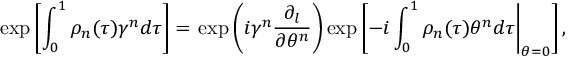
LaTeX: \exp \left[ \int _ { 0 } ^ { 1 } \rho _ { n } ( \tau ) \gamma ^ { n } d \tau \right] = \left. \exp \left( i \gamma ^ { n } \frac { \partial _ { l } } { \partial \theta ^ { n } } \right) \exp \left[ - i \int _ { 0 } ^ { 1 } \rho _ { n } ( \tau ) \theta ^ { n } d \tau \right| _ { \theta = 0 } \right] ,